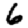
Digit: 6